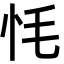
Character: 𢗳